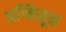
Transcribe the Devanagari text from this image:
अग्निसूक्त